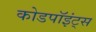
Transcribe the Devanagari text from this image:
कोडपॉइंट्स